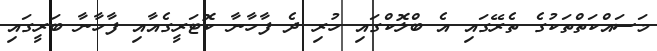
މަސައްކަތްތަކުގެ ތެރޭގައި އެ ބްލޮކްގައި ހުރި ދެ ފާހާނާ ކޮޓަރީގެއާއި ފާހާނާ ބަރީގައި